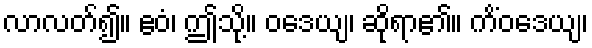
လာလတ်၍။ ဧဝံ၊ ဤသို့။ ဝဒေယျ၊ ဆိုရာ၏။ ကိံဝဒေယျ၊